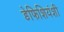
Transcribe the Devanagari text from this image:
डेफिशियंशी